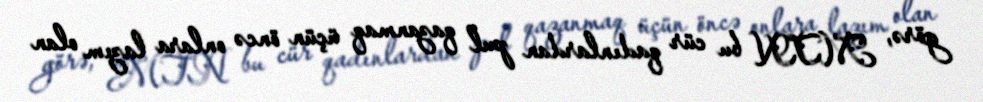
görə, MTN bu cür qadınlardan pul qazanmaq üçün öncə onlara lazım olan